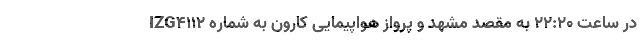
IZG۴۱۱۲ در ساعت ۲۲:۲۰ به مقصد مشهد و پرواز هواپیمایی کارون به شماره